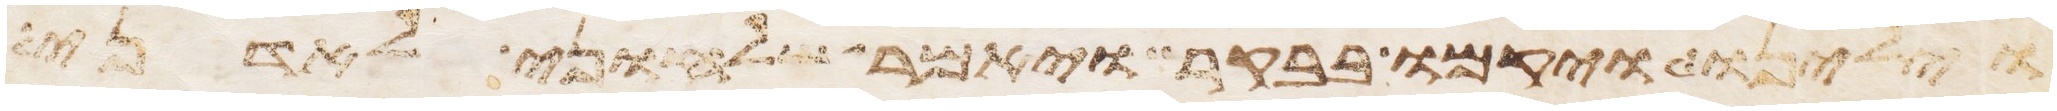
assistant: וילינו ויקמו בבקר ויאמר שלחוני לאדני